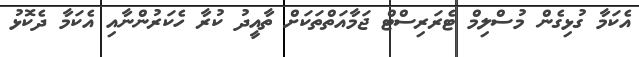
އެކަމާ ގުޅިގެން މުސްލިމް ޓެރަރިސްޓް ޖަމާއަތްތަކަށް ތާއީދު ކުރާ ހެކަރުންނާއި އެކަމާ ދެކޮޅު